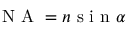
\mathrm { ~ N ~ A ~ } = n \mathrm { ~ s ~ i ~ n ~ } \alpha